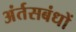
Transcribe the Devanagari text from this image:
अंर्तसबंधों